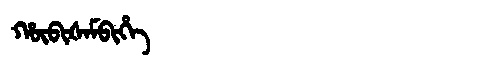
Manchu: ᡥᡡᠪᡳᡧᠠᠮᠪᡳᡥᡝ
Romanization: HŪBIŠAMBIHE